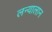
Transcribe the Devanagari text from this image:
लन्यालान